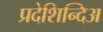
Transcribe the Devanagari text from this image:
प्रदेशिन्दिअ